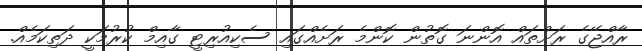
ރާއްޖޭގެ ރަށްތައް އޮންނަ ގޮތުން ކޮންމެ ރަށެއްގައި ސެކިއުރިޓީ ގާއިމް ކުރުމަކީ ދަތިކަމެއް.